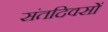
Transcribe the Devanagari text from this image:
संतदिवसों